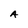
Character: A